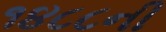
૧૪૮૮ની